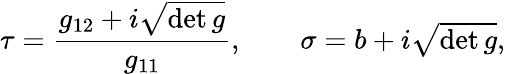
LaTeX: \tau=\frac{g_{12}+i\sqrt{\operatorname*{det}g}}{g_{11}},\qquad\sigma=b+i\textstyle\sqrt{\operatorname*{det}g},